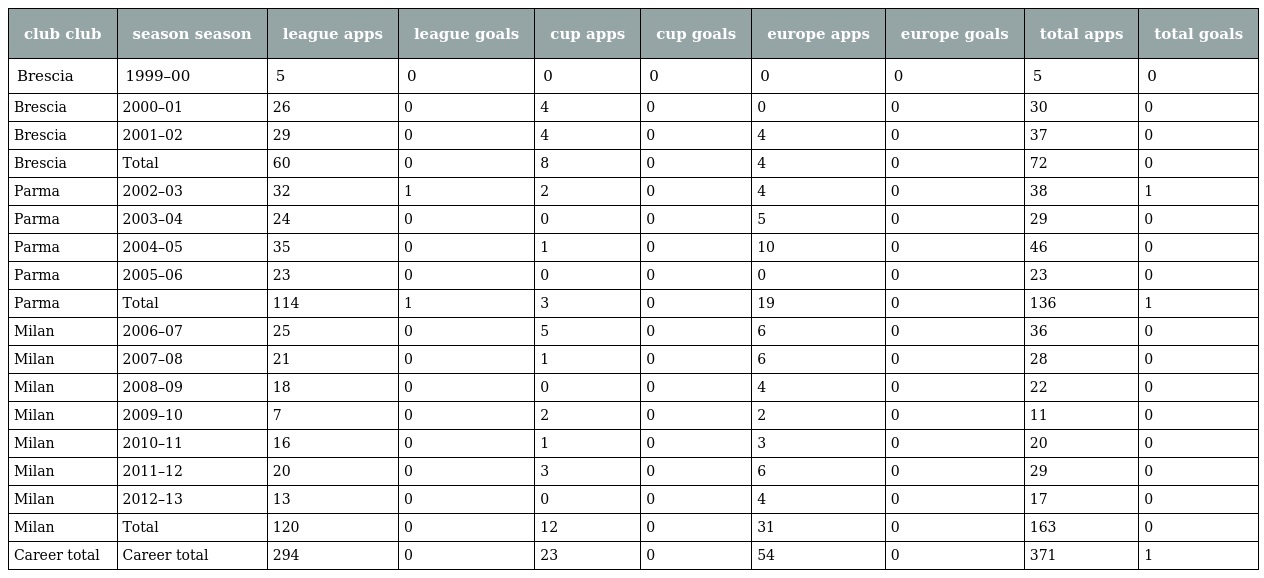
| club club | season season | league apps | league goals | cup apps | cup goals | europe apps | europe goals | total apps | total goals |
 | --- | --- | --- | --- | --- | --- | --- | --- | --- | --- |
 | Brescia | 1999–00 | 5 | 0 | 0 | 0 | 0 | 0 | 5 | 0 |
 | Brescia | 2000–01 | 26 | 0 | 4 | 0 | 0 | 0 | 30 | 0 |
 | Brescia | 2001–02 | 29 | 0 | 4 | 0 | 4 | 0 | 37 | 0 |
 | Brescia | Total | 60 | 0 | 8 | 0 | 4 | 0 | 72 | 0 |
 | Parma | 2002–03 | 32 | 1 | 2 | 0 | 4 | 0 | 38 | 1 |
 | Parma | 2003–04 | 24 | 0 | 0 | 0 | 5 | 0 | 29 | 0 |
 | Parma | 2004–05 | 35 | 0 | 1 | 0 | 10 | 0 | 46 | 0 |
 | Parma | 2005–06 | 23 | 0 | 0 | 0 | 0 | 0 | 23 | 0 |
 | Parma | Total | 114 | 1 | 3 | 0 | 19 | 0 | 136 | 1 |
 | Milan | 2006–07 | 25 | 0 | 5 | 0 | 6 | 0 | 36 | 0 |
 | Milan | 2007–08 | 21 | 0 | 1 | 0 | 6 | 0 | 28 | 0 |
 | Milan | 2008–09 | 18 | 0 | 0 | 0 | 4 | 0 | 22 | 0 |
 | Milan | 2009–10 | 7 | 0 | 2 | 0 | 2 | 0 | 11 | 0 |
 | Milan | 2010–11 | 16 | 0 | 1 | 0 | 3 | 0 | 20 | 0 |
 | Milan | 2011–12 | 20 | 0 | 3 | 0 | 6 | 0 | 29 | 0 |
 | Milan | 2012–13 | 13 | 0 | 0 | 0 | 4 | 0 | 17 | 0 |
 | Milan | Total | 120 | 0 | 12 | 0 | 31 | 0 | 163 | 0 |
 | Career total | Career total | 294 | 0 | 23 | 0 | 54 | 0 | 371 | 1 |